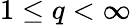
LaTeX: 1\leq q<\infty